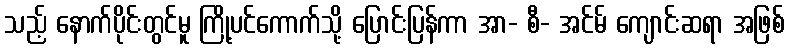
သည့် နောက်ပိုင်းတွင်မူ ကြို့ပင်ကောက်သို့ ပြောင်းပြန်ကာ အာ- စီ- အင်မ် ကျောင်းဆရာ အဖြစ်